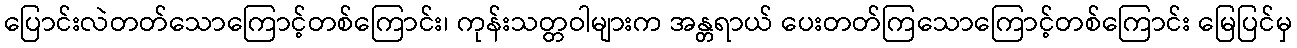
ပြောင်းလဲတတ်သောကြောင့်တစ်ကြောင်း၊ ကုန်းသတ္တဝါများက အန္တရာယ် ပေးတတ်ကြသောကြောင့်တစ်ကြောင်း မြေပြင်မှ